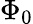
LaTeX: \Phi_{0}